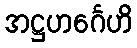
အဋ္ဌဟင်္ဂေဟိ